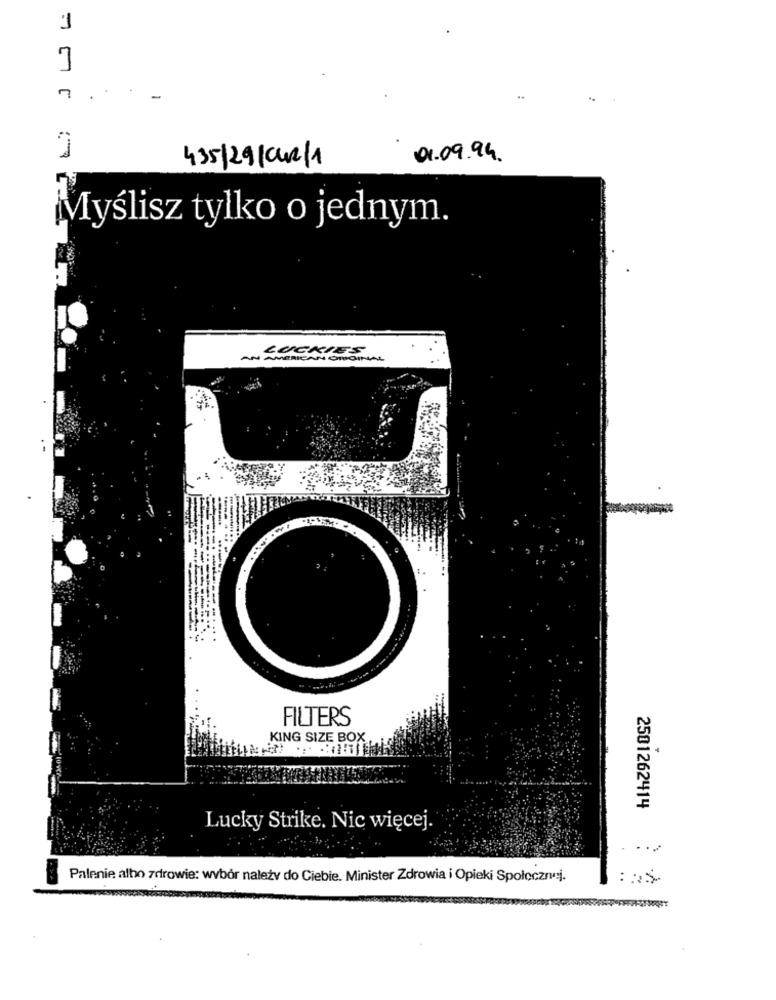
1
7
01.09.94.
435/29/02/1
Myślisz tylko o jednym.
LUCKIES
CAN OROIN
FILTERS
KING SIZE BOX
4
2501262414
Lucky Strike. Nic więcej.
Palenie albo zdrowie: wybór należy do Ciebie. Minister Zdrowia i Opieki Społecznej.